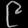
Digit: ၉